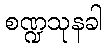
စဏ္ဍသုနခါ